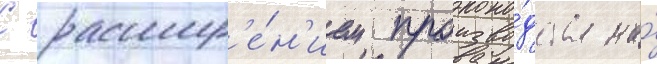
С расшир'е́н'ием произво́дства на́